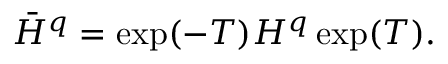
\begin{array} { r } { \bar { H } ^ { q } = \exp ( - T ) H ^ { q } \exp ( T ) . } \end{array}